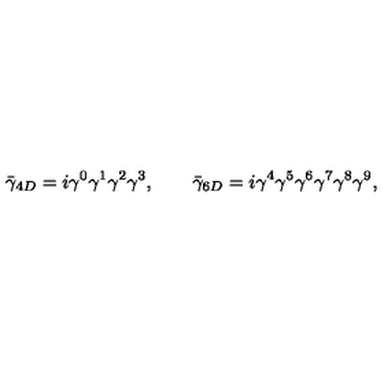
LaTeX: \bar { \gamma } _ { 4 D } = i \gamma ^ { 0 } \gamma ^ { 1 } \gamma ^ { 2 } \gamma ^ { 3 } , \qquad \bar { \gamma } _ { 6 D } = i \gamma ^ { 4 } \gamma ^ { 5 } \gamma ^ { 6 } \gamma ^ { 7 } \gamma ^ { 8 } \gamma ^ { 9 } ,